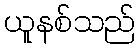
ယူနစ်သည်